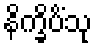
နိက္ခိပိံသု